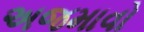
અજમાવો